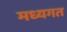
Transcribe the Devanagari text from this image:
मध्यगत